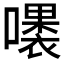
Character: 𱕉